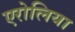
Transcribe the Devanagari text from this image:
एरोलिया